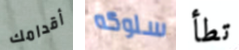
أقدامك سلوكه تطأ